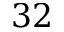
3 2